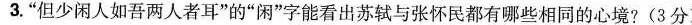
3.”但少闲人如吾两人者耳”的”闲”字能看出苏轼与张怀民都有哪些相同的心境?(3分)